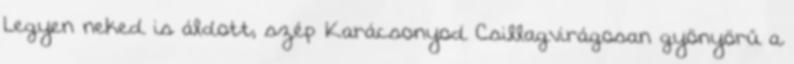
Legyen neked is áldott, szép Karácsonyod Csillagvirágosan gyönyörű a